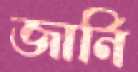
জার্নি